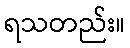
ရသတည်း။